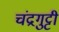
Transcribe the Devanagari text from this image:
चंद्रगुट्टी